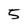
Character: 5